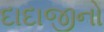
દાદાજીનો